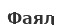
Фаял